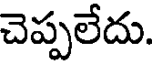
చెప్పలేదు.